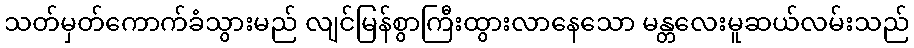
သတ်မှတ်ကောက်ခံသွားမည် လျင်မြန်စွာကြီးထွားလာနေသော မန္တလေးမူဆယ်လမ်းသည်